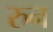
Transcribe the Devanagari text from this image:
रुन